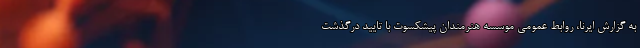
به گزارش ایرنا، روابط عمومی موسسه هنرمندان پیشکسوت با تایید درگذشت